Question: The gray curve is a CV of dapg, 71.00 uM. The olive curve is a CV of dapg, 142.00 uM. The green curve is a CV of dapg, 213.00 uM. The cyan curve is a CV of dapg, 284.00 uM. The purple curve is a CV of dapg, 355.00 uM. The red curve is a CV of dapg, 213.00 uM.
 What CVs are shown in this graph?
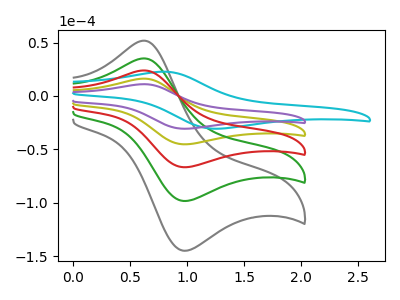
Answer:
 <answer>The gray curve is labeled "dapg, 71.00 uM". The olive curve is labeled "dapg, 142.00 uM". The green curve is labeled "dapg, 213.00 uM". The cyan curve is labeled "dapg, 284.00 uM". The purple curve is labeled "dapg, 355.00 uM". The red curve is labeled "dapg, 213.00 uM".</answer>
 <eval></eval>